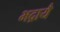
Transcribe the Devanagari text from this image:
भद्रायै